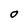
Character: O